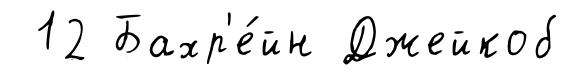
12 Бахр'е́йн Джейкоб